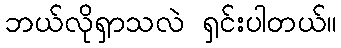
ဘယ်လိုရှာသလဲ ရှင်းပါတယ်။